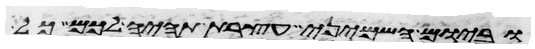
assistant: וביום השמיני עצרת תהיה לכם כל